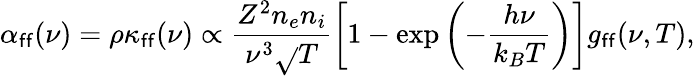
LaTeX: \alpha_{\mathsf{f}\mathsf{f}}(\nu)=\rho\kappa_{\mathsf{f}\mathsf{f}}(\nu)\propto\frac{{Z^{2}n_{e}n_{i}}}{{\nu^{3}\sqrt{}{{T}}}}\left[1-\exp\left(-\frac{{h\nu}}{{k_{B}T}}\right)\right]g_{\mathsf{f}\mathsf{f}}(\nu,T),